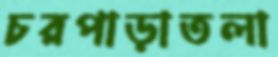
চরপাড়াতলা